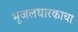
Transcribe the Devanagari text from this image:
भूजलधारकाचा